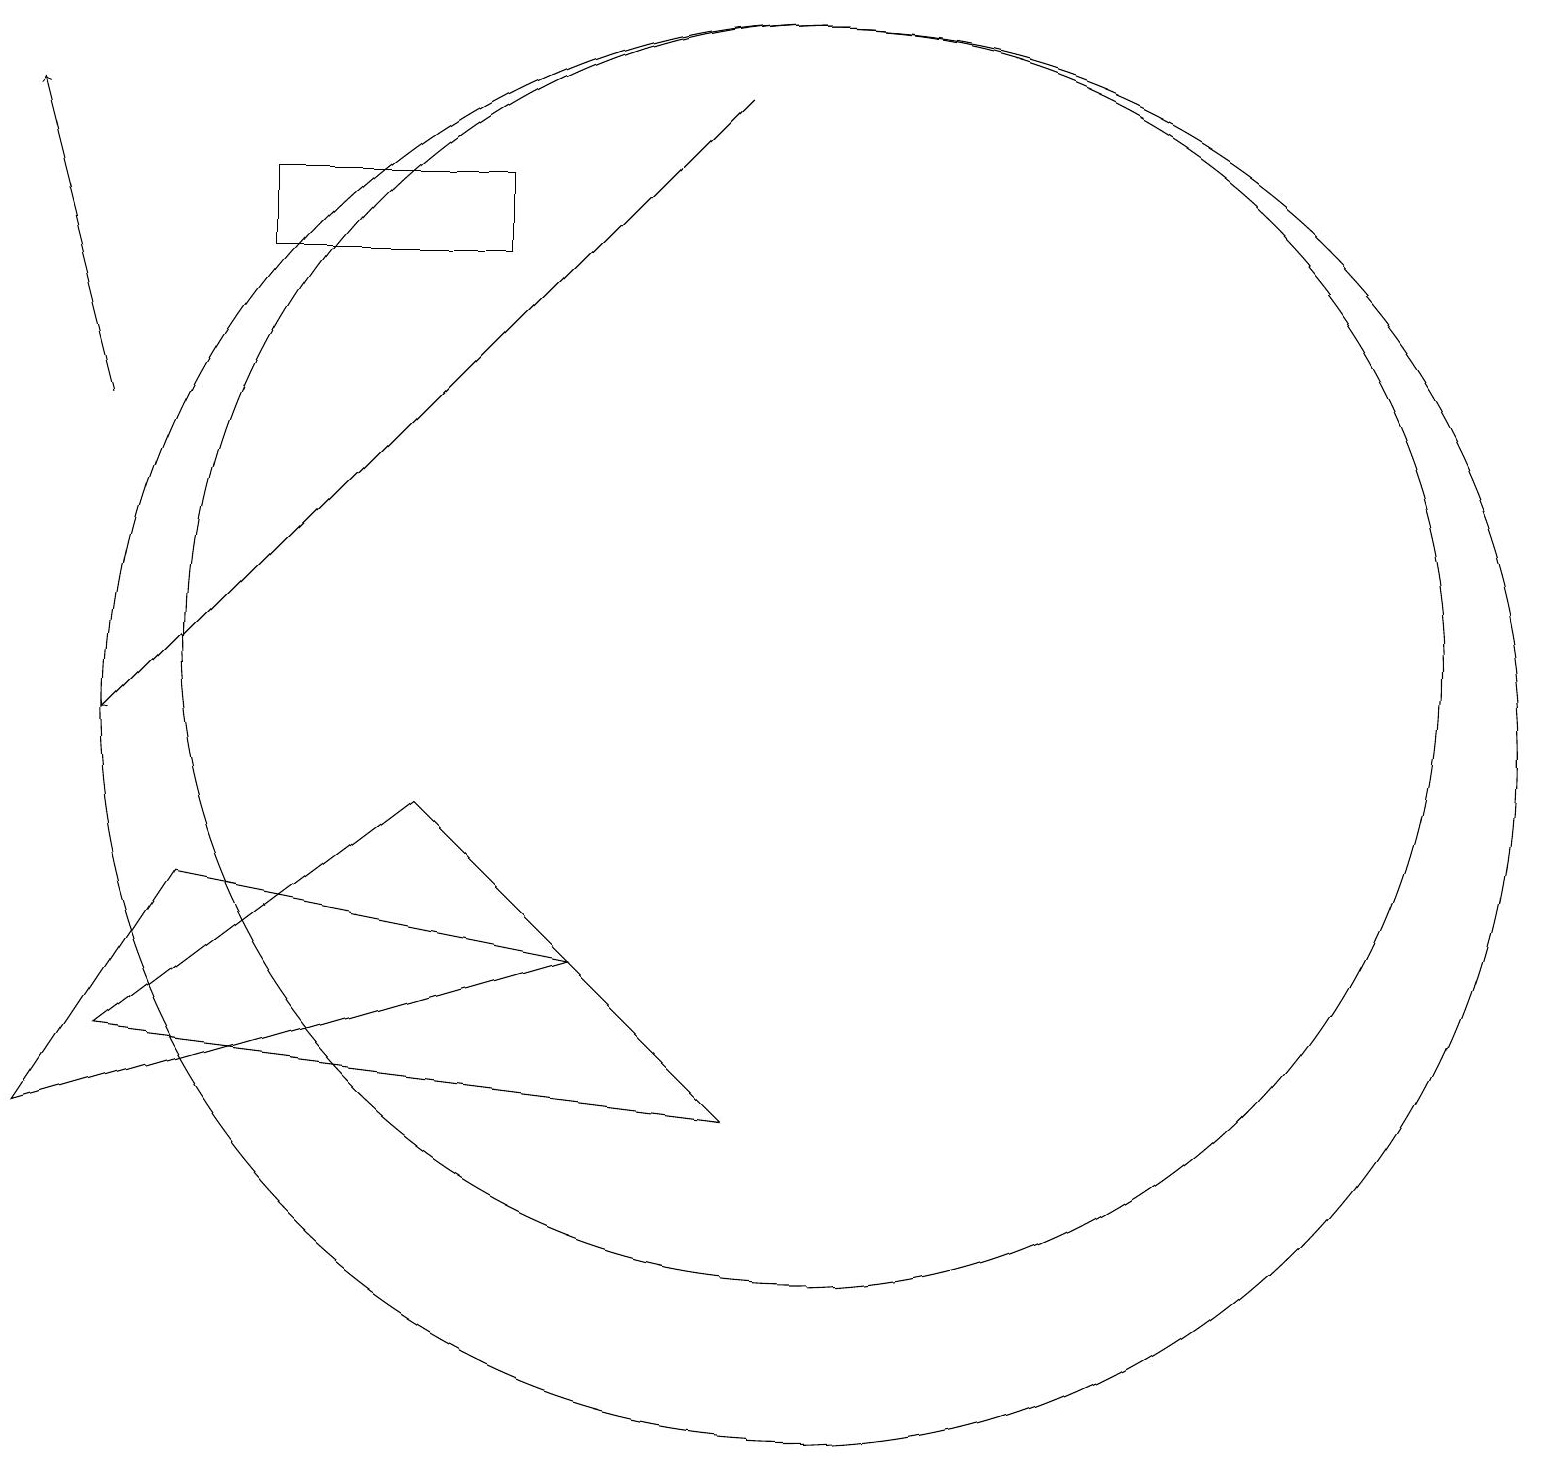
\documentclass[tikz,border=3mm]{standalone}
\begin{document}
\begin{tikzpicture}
\draw (10,11) circle (8);
\draw (2,8) -- (0,5) -- (7,7) -- cycle;
\draw (9,5) -- (1,6) -- (5,9) -- cycle;
\draw[->] (9,18) -- (1,10);
\draw (3,17) rectangle (6,16);
\draw[->] (1,14) -- (0,18);
\draw (10,10) circle (9);
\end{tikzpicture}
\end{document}